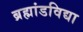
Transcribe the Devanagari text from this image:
ब्रह्मांडविद्या